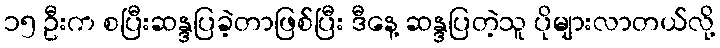
၁၅ ဦးက စပြီးဆန္ဒပြခဲ့တာဖြစ်ပြီး ဒီနေ့ ဆန္ဒပြတဲ့သူ ပိုများလာတယ်လို့